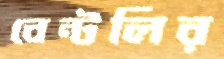
বেন্টলির